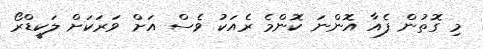
މި ގޮތުން ފެއާ އޮންނަ ކޮންމެ ރެއަކު ވެސް އަށް ވަރަކަށް ލަކީޑްރޯ